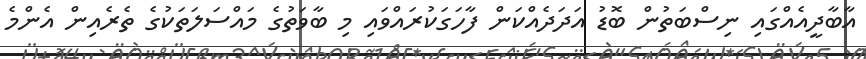
އާބާދީއެއްގައި ނިސްބަތުން ބޮޑު އަދަދެއްކަން ފާހަގަކުރައްވައި މި ބާވަތުގެ މައްސަލަތަކުގެ ތެރެއިން އެންމެ